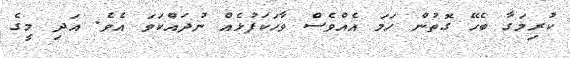
ކުރިމަގާ ބެހޭ ގޮތުން ހަމަ އެއްވެސް ވާހަކަފުޅެއް ނުދައްކަވަ އެވެ. އަދި މީގެ